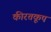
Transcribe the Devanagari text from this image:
कीरतकूप